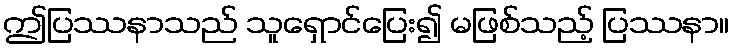
ဤပြဿနာသည် သူရှောင်ပြေး၍ မဖြစ်သည့် ပြဿနာ။